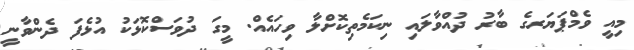
މިއީ ވެމްޕަޔަރގެ ބާރު ދުއްވާލައި ނިކަމެތިކޮށްލާ ވިހައެއް. މީގަ ދުވަސްކޮޅަކު އުޅެފަ ދެންވާނީ